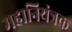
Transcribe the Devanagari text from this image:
महानियंत्रक